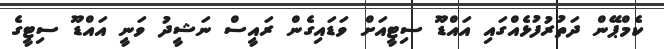
ކެމްޕޭން ދަތުރުފުޅެއްގައި އައްޑޫ ސިޓީއަށް ވަޑައިގެން ރައީސް ނަޝީދު ވަނީ އައްޑޫ ސިޓީގެ